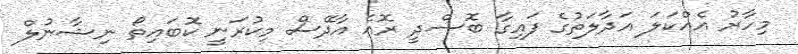
މިހާރު އެއްކަލަ އަދާލަތުގެ ފައިގާ ބޮސްދީ ރޮއެ އާދޭސް މިކުރަނީ ކޮބައިތޯ ނިޝާނުލް